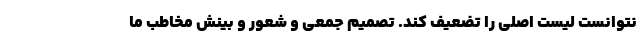
نتوانست لیست اصلی را تضعیف کند. تصمیم جمعی و شعور و بینش مخاطب ما